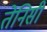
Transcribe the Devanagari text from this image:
तेनिसी